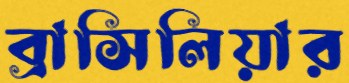
ব্রাসিলিয়ার